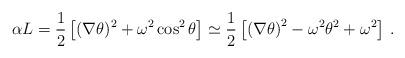
LaTeX: \begin{align*}\alpha L=\frac{1}{2}\left [ (\nabla \theta )^{2}+\omega ^{2}\cos ^{2}\theta \right ]\simeq\frac{1}{2} \left [\left( \nabla \theta \right) ^{2}-\omega ^{2}\theta ^{2}+\omega^2 \right ]\,.\end{align*}